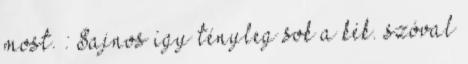
most. : Sajnos így tényleg sok a kék. szóval